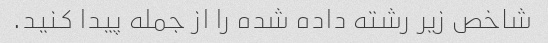
شاخص زیر رشته داده شده را از جمله پیدا کنید.